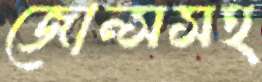
জোন্সসহ